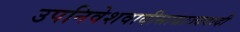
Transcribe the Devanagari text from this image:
उपनिवेशवादीसाम्राज्यवादी